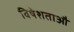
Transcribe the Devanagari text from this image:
विषेशताऔ